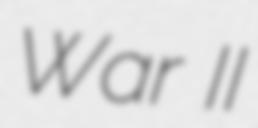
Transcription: War II